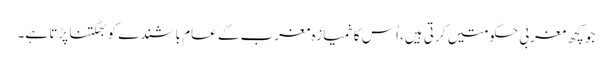
جو کچھ مغربی حکومتیں کرتی ہیں، اُس کا خمیازہ مغرب کے عام باشندے کو بھگتنا پڑتا ہے۔